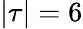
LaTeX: |\tau|=6